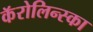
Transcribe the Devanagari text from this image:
कॅरोलिन्स्का